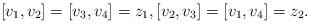
LaTeX: \begin{align*} [v_1, v_2]= [v_3,v_4] = z_1, [v_2, v_3]= [v_1, v_4] = z_2.\end{align*}